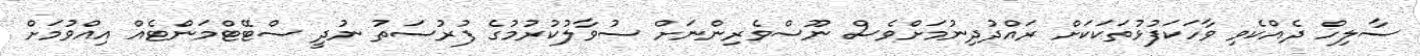
ސާލިހް ދެއްކެވި ވާހަކަފުޅުތަކަކަށް ރައްދުދިނުމަށްވެސް ނޫސްވެރިންނަށް ސުވާލުކުރުމުގެ ފުރުސަތު ނުދީ ސްޓޭޓްމަންޓެއް އިއްވުމަށް